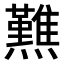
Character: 𤒿